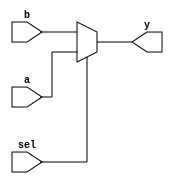
module mux2 (
	input wire[7:0] a,b,
	input wire sel,
	output wire[7:0] y
    );
		
	assign y = sel ? a : b;
endmodule//1=>a,0=>b

module mux2_gate (
	input wire a,b,
	input wire sel,
	output wire y
);
	assign y = (a&sel)|(b&~sel);
endmodule

module mux2_par #(
	parameter n=8
) (
	input wire[n-1:0] a,b,
	input wire sel,
	output wire[n-1:0] y	
);
	assign y = sel ? a : b;
endmodule

module mux4 (
	input  wire[7:0] a,b,c,d,
	input  wire[1:0] sel,
	output wire[7:0] y
    );
	
	assign y = sel[0] ? (sel[1] ? d : c) : (sel[1] ? b : a);
endmodule//00=>a,01=>b,10=>c,11=>d

module mux4_gate (
	input wire a,b,c,d,
	input wire [1:0]sel,
	output wire y
);
	assign y=(a&~sel[0]&~sel[1])|(b&sel[0]&~sel[1])|(c&~sel[0]&sel[1])|(d&sel[0]&sel[1]);
endmodule